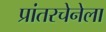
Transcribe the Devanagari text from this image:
प्रांतरचेनेला